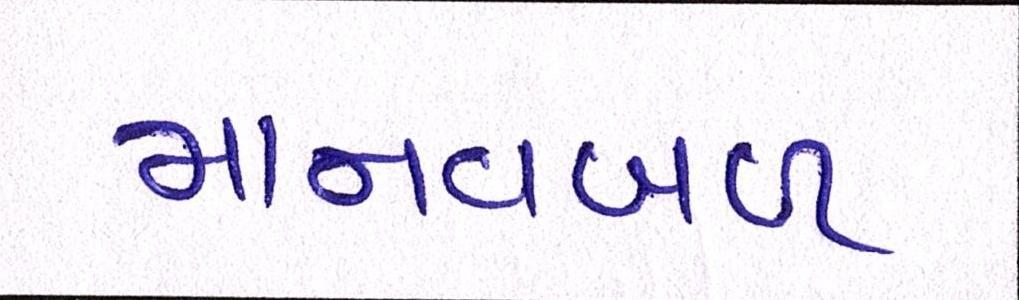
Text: માનવબળ